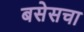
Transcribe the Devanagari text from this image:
बसेसचा